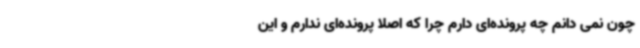
چون نمی دانم چه پرونده‌ای دارم چرا که اصلا پرونده‌ای ندارم و این